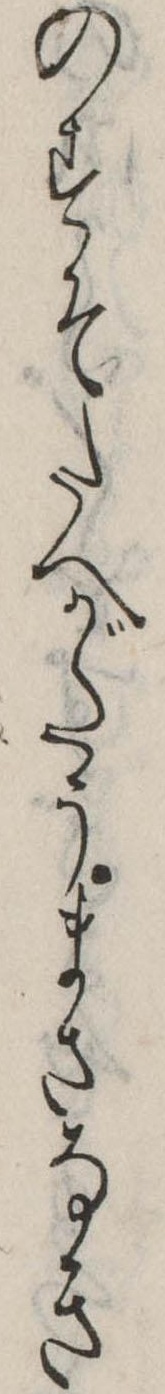
のすそたへがたうまさなき